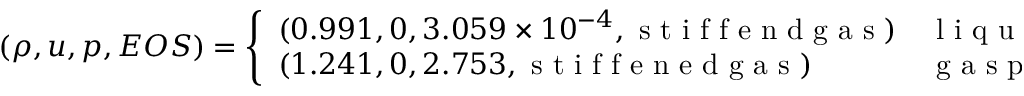
\left( \rho , u , p , E O S \right) = \left\{ \begin{array} { l l } { ( 0 . 9 9 1 , 0 , 3 . 0 5 9 \times 1 0 ^ { - 4 } , \mathrm { ~ s ~ t ~ i ~ f ~ f ~ e ~ n ~ d ~ g ~ a ~ s ~ } ) } & { \mathrm { ~ l ~ i ~ q ~ u ~ i ~ d ~ p ~ h ~ a ~ s ~ e ~ , ~ o ~ u ~ t ~ s ~ i ~ d ~ e ~ t ~ h ~ e ~ b ~ u ~ b ~ b ~ l ~ e ~ , ~ } } \\ { ( 1 . 2 4 1 , 0 , 2 . 7 5 3 , \mathrm { ~ s ~ t ~ i ~ f ~ f ~ e ~ n ~ e ~ d ~ g ~ a ~ s ~ } ) } & { \mathrm { ~ g ~ a ~ s ~ p ~ h ~ a ~ s ~ e ~ , ~ i ~ n ~ s ~ i ~ d ~ e ~ t ~ h ~ e ~ b ~ u ~ b ~ b ~ l ~ e ~ . ~ } } \end{array} \right.